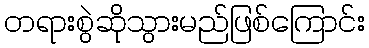
တရားစွဲဆိုသွားမည်ဖြစ်ကြောင်း